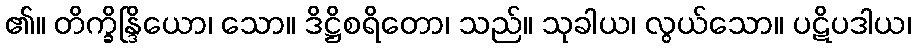
၏။ တိက္ခ္ခိန္ဒြိယော၊ သော။ ဒိဋ္ဌိစရိတော၊ သည်။ သုခါယ၊ လွယ်သော။ ပဋိပဒါယ၊